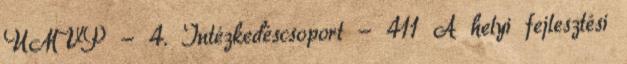
ÚMVP - 4. Intézkedéscsoport - 411 A helyi fejlesztési